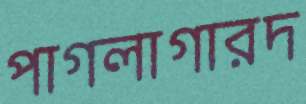
পাগলাগারদ